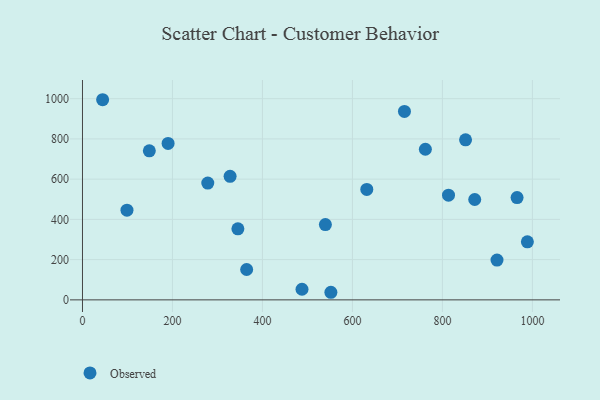
{"axis": {"x": "Investment", "y": "Fuel Efficiency"}, "legend": ["Observed"], "data": [{"x": "328.1", "y": 613.8, "type": "Observed"}, {"x": "965.9", "y": 508.5, "type": "Observed"}, {"x": "487.9", "y": 52.8, "type": "Observed"}, {"x": "921.3", "y": 197.7, "type": "Observed"}, {"x": "631.9", "y": 549.0, "type": "Observed"}, {"x": "552.1", "y": 37.7, "type": "Observed"}, {"x": "148.6", "y": 740.5, "type": "Observed"}, {"x": "813.5", "y": 520.4, "type": "Observed"}, {"x": "44.8", "y": 994.7, "type": "Observed"}, {"x": "345.4", "y": 353.0, "type": "Observed"}, {"x": "98.9", "y": 445.5, "type": "Observed"}, {"x": "762.1", "y": 748.6, "type": "Observed"}, {"x": "851.4", "y": 795.4, "type": "Observed"}, {"x": "988.8", "y": 288.4, "type": "Observed"}, {"x": "871.8", "y": 498.8, "type": "Observed"}, {"x": "190.3", "y": 777.7, "type": "Observed"}, {"x": "278.5", "y": 580.5, "type": "Observed"}, {"x": "715.6", "y": 936.4, "type": "Observed"}, {"x": "364.9", "y": 150.9, "type": "Observed"}, {"x": "539.9", "y": 374.1, "type": "Observed"}]}